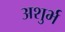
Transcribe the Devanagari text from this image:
अशुर्भ